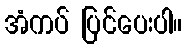
အံကပ် ပြင်ပေးပါ။